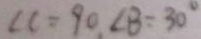
\angle C = 9 0 . \angle B = 3 0 ^ { \circ }